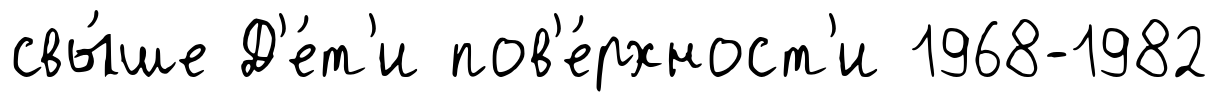
свы́ше Д'е́т'и пов'е́рхност'и 1968-1982